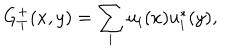
G _ { T } ^ { + } ( x , y ) = \sum _ { i } u _ { i } ( x ) u _ { i } ^ { * } ( y ) ,